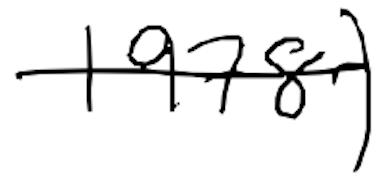
Text: 1978)
Cross-out: mix
Writing tool: digital_black